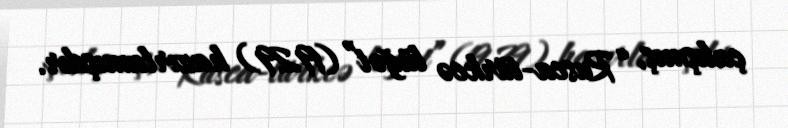
çalışmış, “Rusca-türkcə lüğət” (1929) hazırlamışdır.